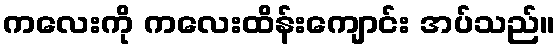
ကလေးကို ကလေးထိန်းကျောင်း အပ်သည်။